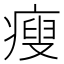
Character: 瘦